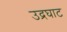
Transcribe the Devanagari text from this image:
उद्रघाट